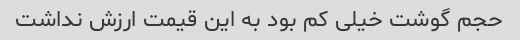
حجم گوشت خیلی کم بود به این قیمت ارزش نداشت